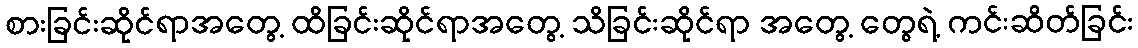
စားခြင်းဆိုင်ရာအတွေ့ ထိခြင်းဆိုင်ရာအတွေ့ သိခြင်းဆိုင်ရာ အတွေ့ တွေရဲ့ ကင်းဆိတ်ခြင်း